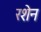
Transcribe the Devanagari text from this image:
रशेन